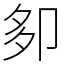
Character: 卶